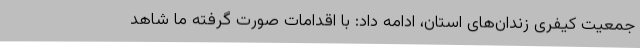
جمعیت کیفری زندان‌های استان، ادامه داد: با اقدامات صورت گرفته ما شاهد